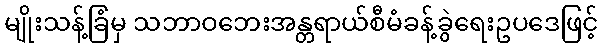
မျိုးသန့်ခြံမှ သဘာဝဘေးအန္တရာယ်စီမံခန့်ခွဲရေးဥပဒေဖြင့်